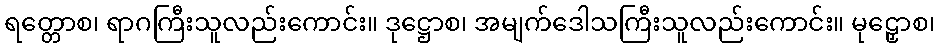
ရတ္တောစ၊ ရာဂကြီးသူလည်းကောင်း။ ဒုဋ္ဌောစ၊ အမျက်ဒေါသကြီးသူလည်းကောင်း။ မုဠှောစ၊